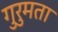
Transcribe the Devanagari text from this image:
गुरुमता